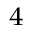
^ 4